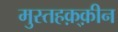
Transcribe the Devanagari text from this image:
मुस्तहक़्क़ीन